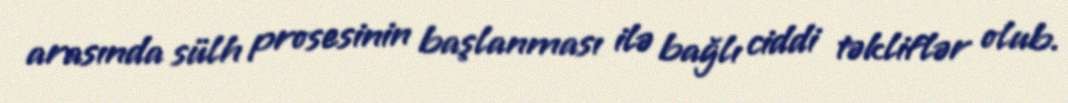
arasında sülh prosesinin başlanması ilə bağlı ciddi təkliflər olub.